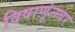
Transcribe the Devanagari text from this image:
विषाणूंनवर